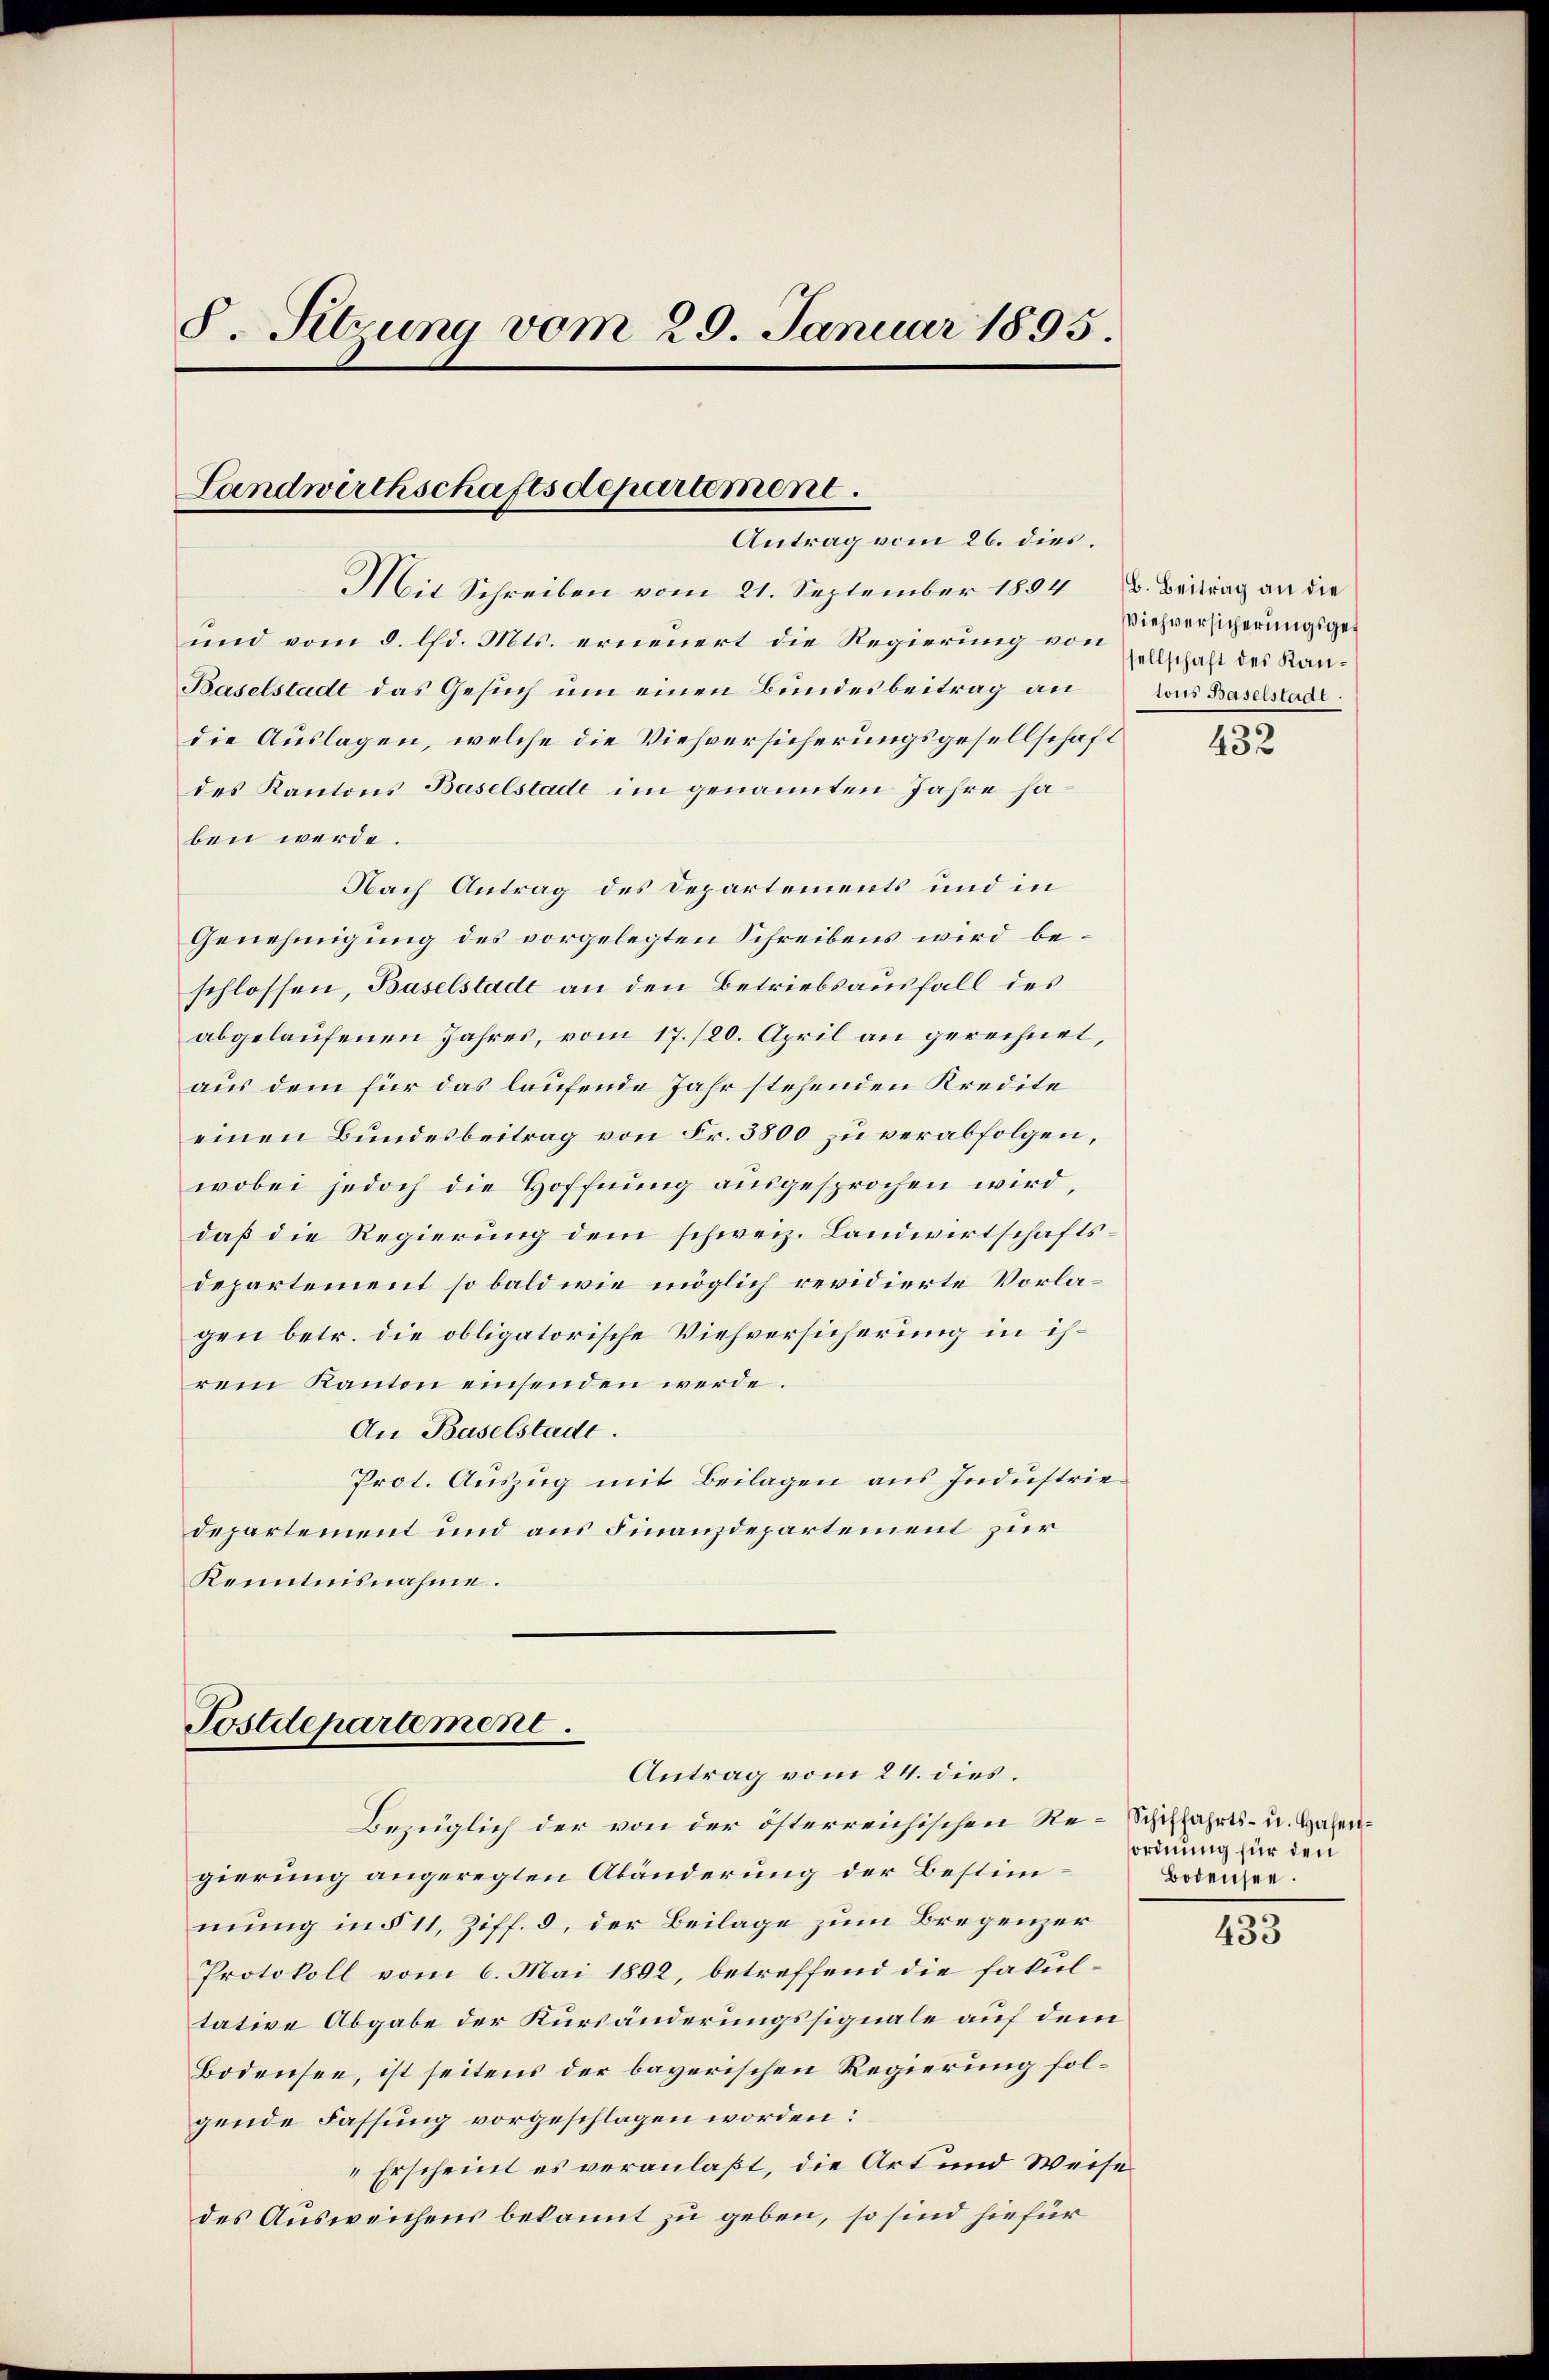
8. Setzung vom 29. Januar 1895.

Landwirthschaftsdepartement.
Antrag vom 26. dies.

Mit Schreiben vom 21. September 1804. Beitrag an die
und vom 8. lfd. Mts. erneuert die Regierung von
Baselstadt das Gesuch um einen Bundesbeitrag an
die Auslagen, welche die Viehversicherungsgesellschaft
des Kantons Baselstadt im genannten Jahre haben werde.
Nach Antrag des Departements und in
Genehmigung des vorgelegten Schreibens wird beschlossen, Baselstade an den Betriebsausfall des
abgelaufenen Jahres, vom 17./20. April an gerechnet,
aus dem für das laufende Jahr stehenden Kredite
einen Bundesbeitrag von Fr. 5800 zu verabfolgen,
wobei jedoch die Hoffnung ausgesprochen wird,
daß die Regierung dem schweiz. Landwirtschaftsdepartement so bald wie möglich revidierte Vorlagen betr. die obligatorische Viehversicherung in ihrem Kanton einsenden werde.
An Baselstadt.
Prot. Auszug mit Beilagen aus Industriedepartement und aus Finanzdepartement zur
Kenntnisnahme.

Postdepartement.
Antrag vom 24. dies

Bezüglich der von der österreichischen Re-Schiffahrts- u. Hasengierung angeregten Abänderung der Bestimmung in § 11, Ziff. 3, der Beilage zum Bregenzer
Protokoll vom 6. Mai 1892, betreffend die fakultative Abgabe der Kursänderungssignale auf dem
Bodensee, ist seitens der bayerischen Regierung folgende Fassung vorgeschlagen worden:
Erscheint es veranlaßt, die Art und Weise
des Ausweichens bekannt zu geben, so sind hiefür

Viehversicherungsges
sellschaft des Kantons Baselstadt.

432

ordnung für den
Bodensee.

433